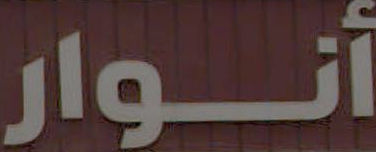
أنوار